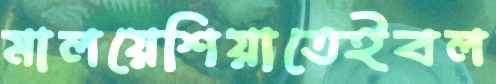
মালয়েশিয়াতেইবল